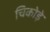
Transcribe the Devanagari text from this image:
चिकोड़े